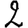
Digit: 2